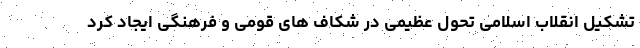
تشکیل انقلاب اسلامی تحول عظیمی در شکاف های قومی و فرهنگی ایجاد کرد